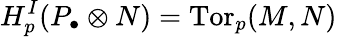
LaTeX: H_{p}^{I}(P_{\bullet}\otimes N)=\operatorname{Tor}_{p}(M,N)